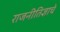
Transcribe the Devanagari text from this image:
राजनीतिज्ञाचे